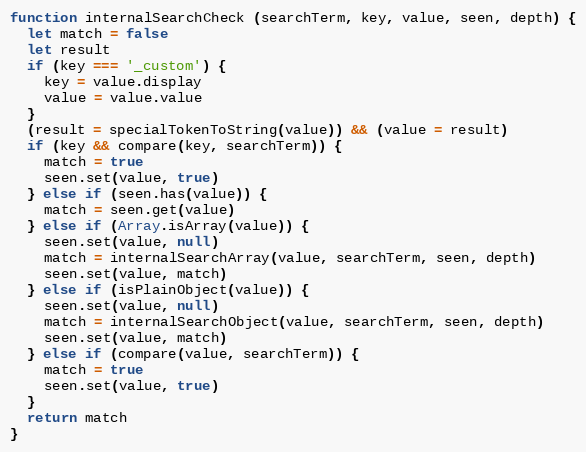
Language: JavaScript
function internalSearchCheck (searchTerm, key, value, seen, depth) {
  let match = false
  let result
  if (key === '_custom') {
    key = value.display
    value = value.value
  }
  (result = specialTokenToString(value)) && (value = result)
  if (key && compare(key, searchTerm)) {
    match = true
    seen.set(value, true)
  } else if (seen.has(value)) {
    match = seen.get(value)
  } else if (Array.isArray(value)) {
    seen.set(value, null)
    match = internalSearchArray(value, searchTerm, seen, depth)
    seen.set(value, match)
  } else if (isPlainObject(value)) {
    seen.set(value, null)
    match = internalSearchObject(value, searchTerm, seen, depth)
    seen.set(value, match)
  } else if (compare(value, searchTerm)) {
    match = true
    seen.set(value, true)
  }
  return match
}